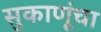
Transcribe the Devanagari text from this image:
सुकाणूंचा